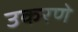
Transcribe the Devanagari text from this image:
उकरणे